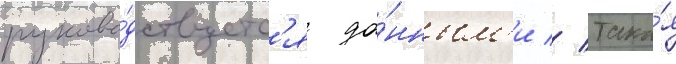
руково́дствуетс'я да́нным'и // Така́я